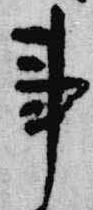
事